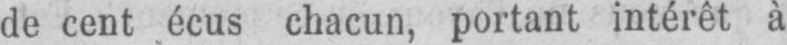
de cent écus chacun, portant intérêt à